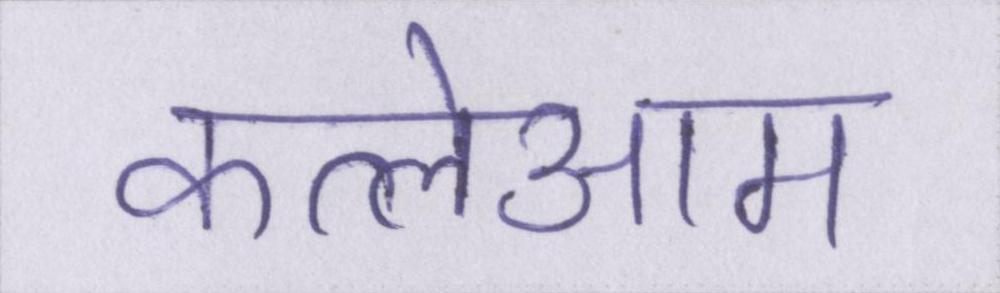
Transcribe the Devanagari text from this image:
कत्लेआम